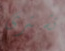
تشترى